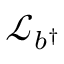
\mathcal { L } _ { b ^ { \dagger } }